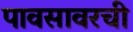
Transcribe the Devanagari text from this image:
पावसावरची